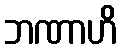
ဘဏာဟိ